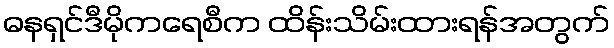
ဓနရှင်ဒီမိုကရေစီက ထိန်းသိမ်းထားရန်အတွက်